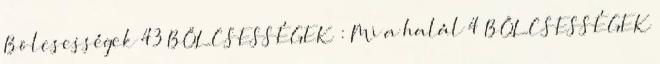
Bölcsességek 43 BÖLCSESSÉGEK : Mi a halál 4 BÖLCSESSÉGEK